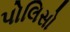
પોલિસો